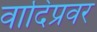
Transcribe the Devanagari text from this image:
वादिप्रवर